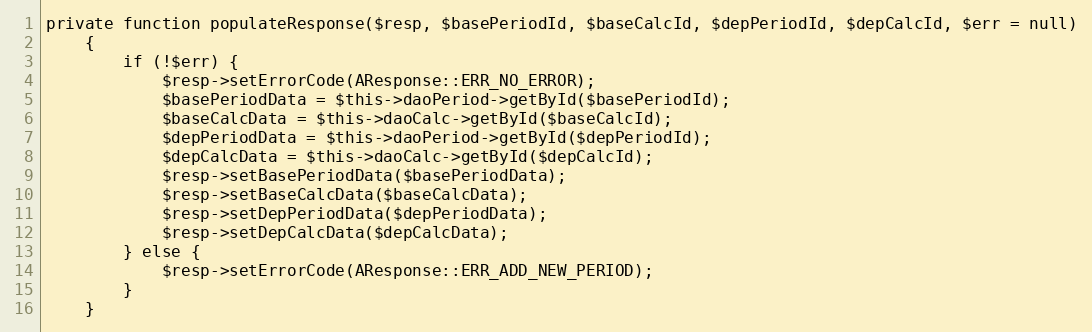
Language: PHP
private function populateResponse($resp, $basePeriodId, $baseCalcId, $depPeriodId, $depCalcId, $err = null)
    {
        if (!$err) {
            $resp->setErrorCode(AResponse::ERR_NO_ERROR);
            $basePeriodData = $this->daoPeriod->getById($basePeriodId);
            $baseCalcData = $this->daoCalc->getById($baseCalcId);
            $depPeriodData = $this->daoPeriod->getById($depPeriodId);
            $depCalcData = $this->daoCalc->getById($depCalcId);
            $resp->setBasePeriodData($basePeriodData);
            $resp->setBaseCalcData($baseCalcData);
            $resp->setDepPeriodData($depPeriodData);
            $resp->setDepCalcData($depCalcData);
        } else {
            $resp->setErrorCode(AResponse::ERR_ADD_NEW_PERIOD);
        }
    }